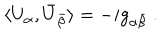
LaTeX: \langle U _ { \alpha } , \bar { U } _ { \bar { \beta } } \rangle = - i g _ { \alpha \bar { \beta } } \ .